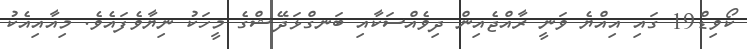
ކޯވިޑް19 ގައި އިއްޔެ ވަނީ ރާއްޖެއިން ދިވެއްސަކާއި ބަނގްޅަދޭޝްގެ މީހަކު ނިޔާވެފައެވެ. މިއާއިއެކު